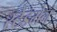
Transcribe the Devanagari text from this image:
स्टेडमेन